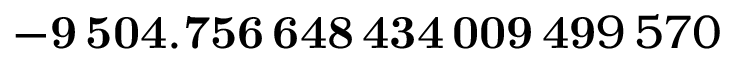
\mathbf { - 9 \, 5 0 4 . 7 5 6 \, 6 4 8 \, 4 3 4 \, 0 0 9 \, 4 9 } 9 \, 5 7 0